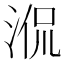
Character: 𣵿